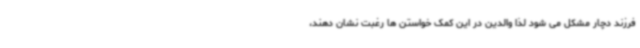
فرزند دچار مشکل می شود لذا والدین در این کمک خواستن ها رغبت نشان دهند،